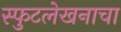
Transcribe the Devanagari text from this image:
स्फुटलेखनाचा